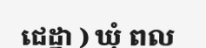
ជេដ្ឋា ) ឃុំ ពល